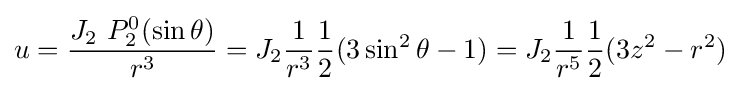
u={\frac {J_{2}\ P_{2}^{0}(\sin \theta )}{r^{3}}}=J_{2}{\frac {1}{r^{3}}}{\frac {1}{2}}(3\sin ^{2}\theta -1)=J_{2}{\frac {1}{r^{5}}}{\frac {1}{2}}(3z^{2}-r^{2})